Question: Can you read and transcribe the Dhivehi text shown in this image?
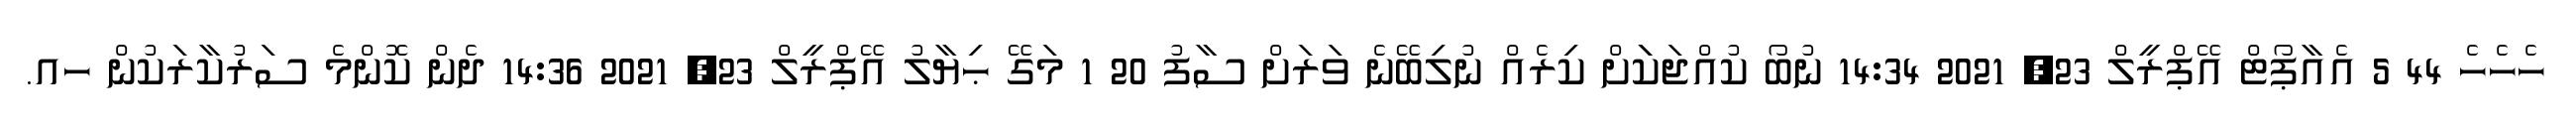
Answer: ހެހެހެ 44 5 އެއާޕޯޓް އޭޕްރީލް 23, 2021 14:34 ނުބޯ ކުއްޖަކަަށް ކިރެއް ނުލިބޭނެ ވަރަށް ސާފު 20 1 މަގޭ ޙިޔާލު އޭޕްރީލް 23, 2021 14:36 ދެން ކޮންމެ ސަރުކާރަކުން ހއ.